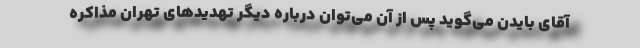
آقای بایدن می‌گوید پس از آن می‌توان درباره دیگر تهدیدهای تهران مذاکره